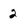
Character: 2